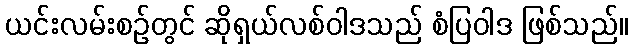
ယင်းလမ်းစဉ်တွင် ဆိုရှယ်လစ်ဝါဒသည် စံပြဝါဒ ဖြစ်သည်။